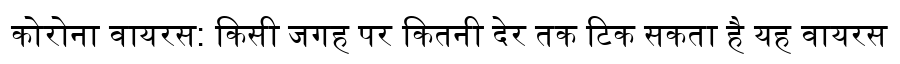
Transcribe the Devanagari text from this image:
कोरोना वायरस: किसी जगह पर कितनी देर तक टिक सकता है यह वायरस